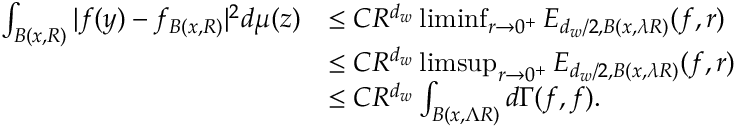
\begin{array} { r l } { \int _ { B ( x , R ) } | f ( y ) - f _ { B ( x , R ) } | ^ { 2 } d \mu ( z ) } & { \leq C R ^ { d _ { w } } \operatorname* { l i m i n f } _ { r \to 0 ^ { + } } E _ { d _ { w } / 2 , B ( x , \lambda R ) } ( f , r ) } \\ & { \leq C R ^ { d _ { w } } \operatorname* { l i m s u p } _ { r \to 0 ^ { + } } E _ { d _ { w } / 2 , B ( x , \lambda R ) } ( f , r ) } \\ & { \leq C R ^ { d _ { w } } \int _ { B ( x , \Lambda R ) } d \Gamma ( f , f ) . } \end{array}